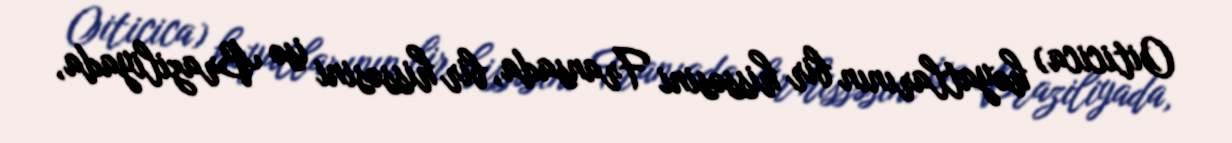
Oiticica) həyatlarının bir hissəsini Fransada, bir hissəsini isə Braziliyada,